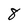
Character: 8